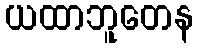
ယထာဘူတေန